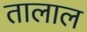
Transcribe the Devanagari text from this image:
तालाल